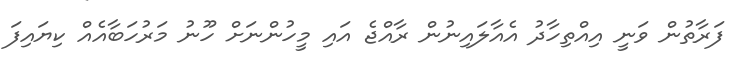
ފަރާތުން ވަނީ އިއްތިހާދު އެއާލައިނުން ރާއްޖެ އައި މީހުންނަށް ހޫނު މަރުހަބާއެއް ކިޔައިފަ